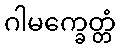
ဂါမက္ခေတ္တံ